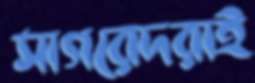
সাগরেদরাই